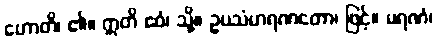
ဟောတိ၊ ၏။ ဣတိ ဧဝံ၊ သို့။ ဥပသံဟရဏတော၊ ဖြင့်။ မရဏံ၊